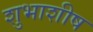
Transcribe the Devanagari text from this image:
शुभाशीष